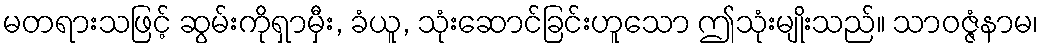
မတရားသဖြင့် ဆွမ်းကိုရှာမှီး, ခံယူ, သုံးဆောင်ခြင်းဟူသော ဤသုံးမျိုးသည်။ သာဝဇ္ဇံနာမ၊